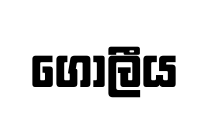
ගොලීය